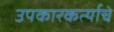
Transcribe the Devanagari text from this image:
उपकारकर्त्याचे